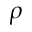
\rho